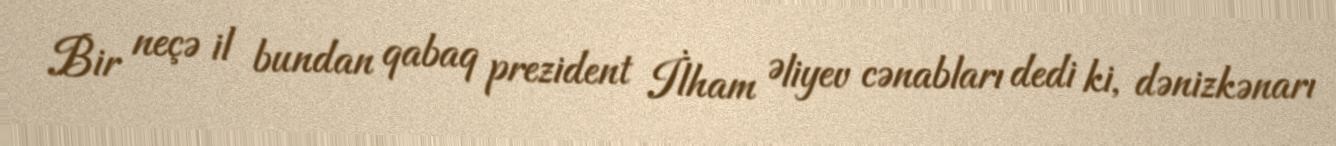
Bir neçə il bundan qabaq prezident İlham Əliyev cənabları dedi ki, dənizkənarı